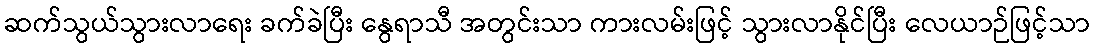
ဆက်သွယ်သွားလာရေး ခက်ခဲပြီး နွေရာသီ အတွင်းသာ ကားလမ်းဖြင့် သွားလာနိုင်ပြီး လေယာဉ်ဖြင့်သာ